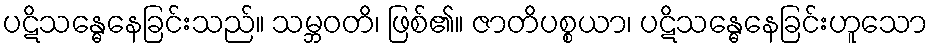
ပဋိသန္ဓေနေခြင်းသည်။ သမ္ဘဝတိ၊ ဖြစ်၏။ ဇာတိပစ္စယာ၊ ပဋိသန္ဓေနေခြင်းဟူသော